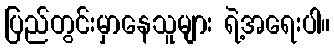
ပြည်တွင်းမှာနေသူများ ရဲ့အရေးပါ။